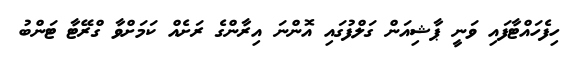
ހިފެހައްޓާފައި ވަނީ ޕާޝިއަން ގަލްފުގައި އޮންނަ އިރާންގެ ރަށެއް ކަމަށްވާ ގްރޭޓާ ޓަންބު